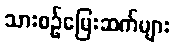
သားစဉ်မြေးဆက်များ